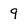
Character: 9